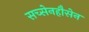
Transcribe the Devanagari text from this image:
सच्सेनहौसेन